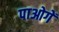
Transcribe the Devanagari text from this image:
पाओगें